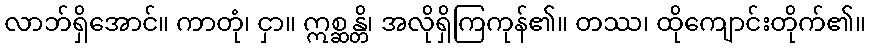
လာဘ်ရှိအောင်။ ကာတုံ၊ ငှာ။ ဣစ္ဆန္တိ၊ အလိုရှိကြကုန်၏။ တဿ၊ ထိုကျောင်းတိုက်၏။